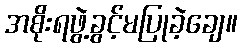
အစိုးရဖွဲ့ခွင့်မပြုခဲ့ချေ။